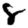
Digit: 8